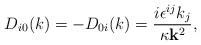
LaTeX: \begin{align*}D_{i0}(k)=-D_{0i}(k)=\frac{i\epsilon^{ij}k_j }{\kappa {\bf k}^2}, \end{align*}